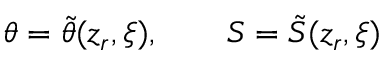
\theta = \tilde { \theta } ( z _ { r } , \xi ) , \qquad S = \tilde { S } ( z _ { r } , \xi )